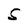
Character: S